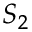
S _ { 2 }